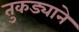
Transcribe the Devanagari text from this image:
तुकड्याने